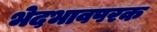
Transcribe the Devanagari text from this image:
भेदभावपरक